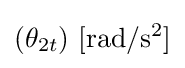
(\theta _{2t})\ \mathrm {[rad/s^{2}]}